Report of an investigation of the epidemic of malarial fever in Assam, or, kala-azar
Disease focus: Malaria
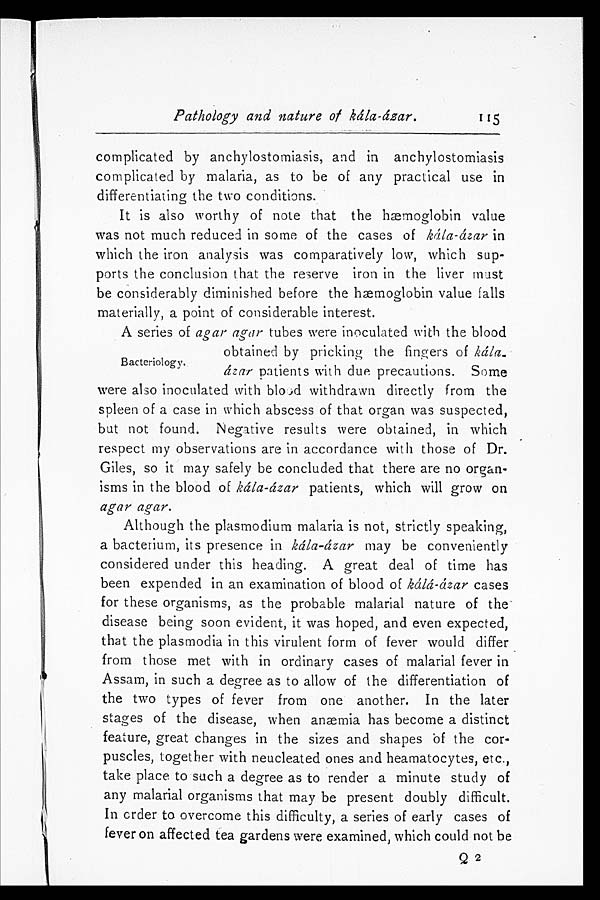
Pathology and nature of kála-ázar.
1 1 5
complicated by anchylostomiasis, and in anchylostomiasis
complicated by malaria, as to be of any practical use in
differentiating the two conditions.
It is also worthy of note that the hæmoglobin value
was not much reduced in some of the cases of kála-ázar in
which the iron analysis was comparatively low, which sup
- p o r t s t h e c o n c l u s i o n t h a t t h e r e s e r v e i r o n i n t h e l i v e r m u s t
be considerably diminished before the hæmoglobin value falls
materially, a point of considerable interest.
A series of agar agar tubes were inoculated with the blood
obtained by pricking the fingers of kála-
ázar patients with due precautions. Some
were also inoculated with blood withdrawn directly from the
spleen of a case in which abscess of that organ was suspected,
but not found. Negative results were obtained, in which
respect my observations are in accordance with those of Dr.
Giles, so it may safely be concluded that there are no organ
-isms in the blood of kála-ázar patients, which will grow on
agar agar.
Although the plasmodium malaria is not, strictly speaking,
a bacterium, its presence in kála-ázar may be conveniently
considered under this heading. A great deal of time has
been expended in an examination of blood of kálá-ázar cases
for these organisms, as the probable malarial nature of the
disease being soon evident, it was hoped, and even expected,
that the plasmodia in this virulent form of fever would differ
from those met with in ordinary cases of malarial fever in
Assam, in such a degree as to allow of the differentiation of
the two types of fever from one another. In the later
stages of the disease, when anæmia has become a distinct
feature, great changes in the sizes and shapes of the cor
-puscles, together with neucleated ones and heamatocytes, etc.,
take place to such a degree as to render a minute study of
any malarial organisms that may be present doubly difficult.
In order to overcome this difficulty, a series of early cases of
fever on affected tea gardens were examined, which could not be
Q 2
Bacteriology.